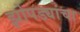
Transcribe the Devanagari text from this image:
झोपड्यांचा